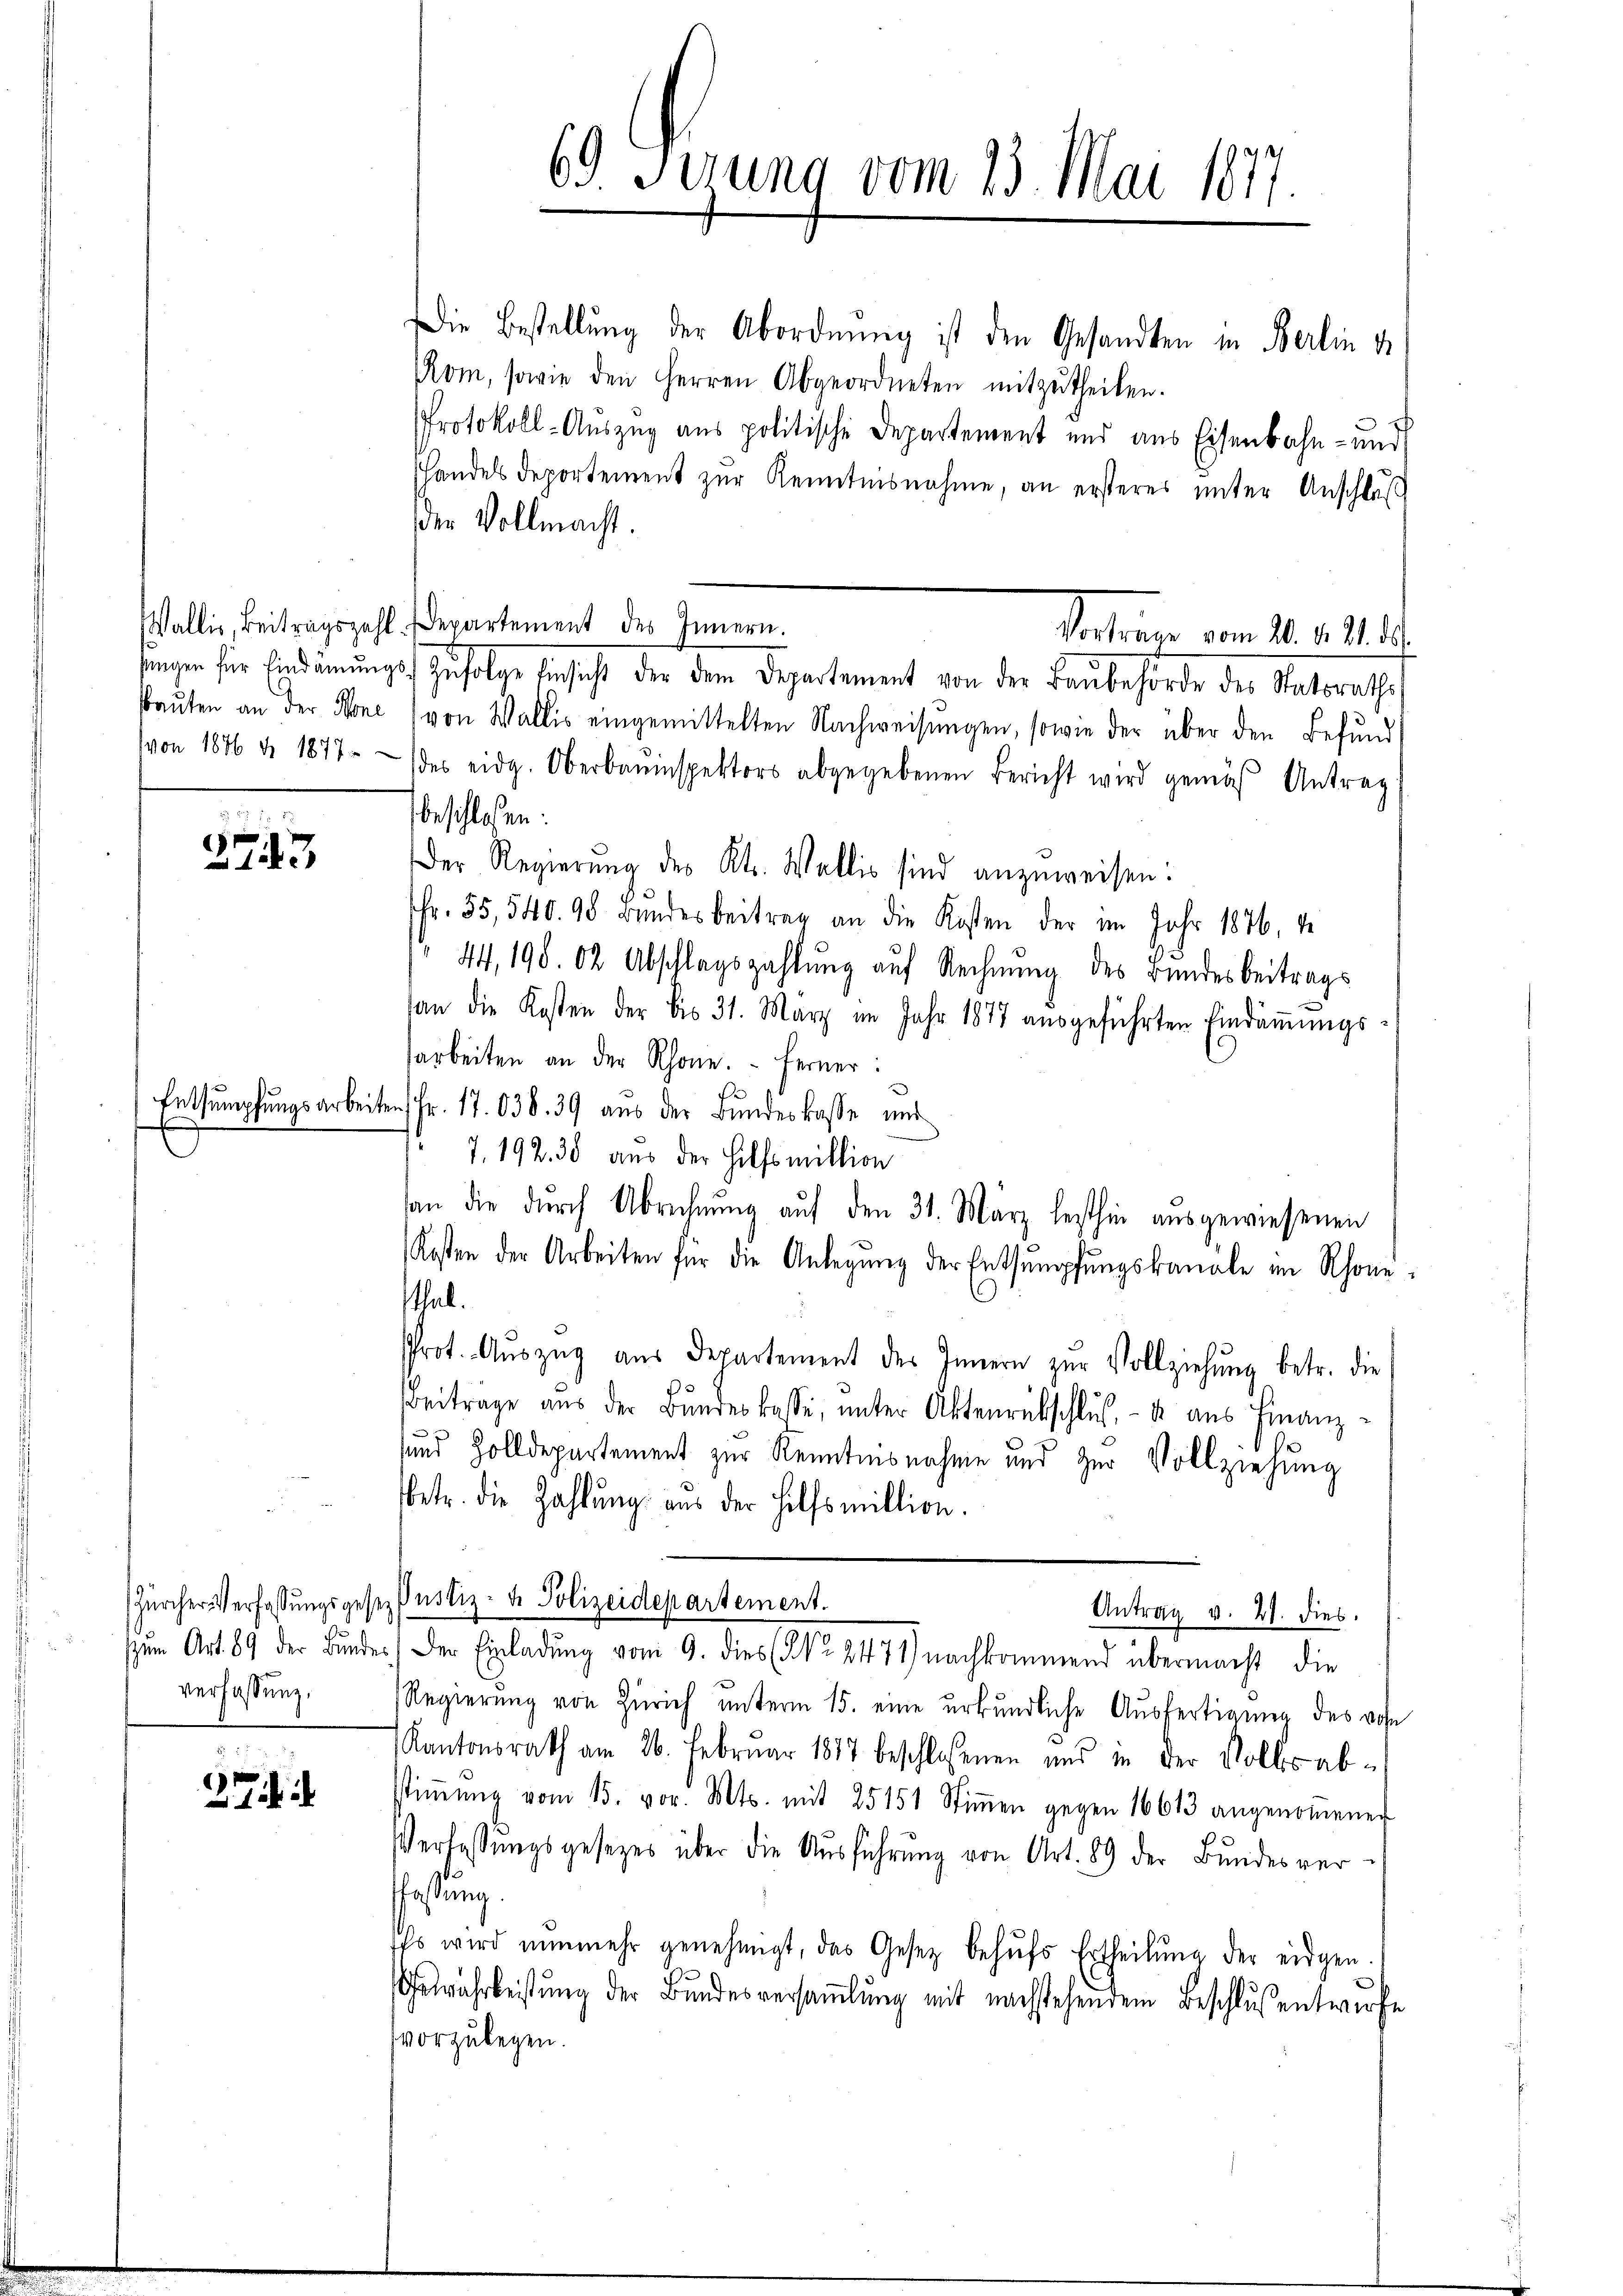
.
273

verfassung,

2

Die Bestellung der Abordnung ist den Gesandten in Berlin d
Rom, sowie den Herren Abgeordneten mitzŭtheilen.
Protokoll-Auszug aus politische Departement und aus Eisenbahn- und
shandels deportement zur Kenntnisnahme, an ersteres unter Anschluß
der Vollmacht.
Wallis, Beitragszahl-Departement des Innern.
Vorträge vom 20. v. M. d.
sungen für Eindräinungst zufolge Ansicht der dem Departement von der Laubehörde der Statorats
saŭten an der Mone, von Wallis eingemittelten Nachweisŭngen, sowie der über den Befund
von 1876 d. 1877 des eidg. Oberbaŭnspektors abgegebenen Bericht wird gemäβ Antrag
beschloßen:
Der Regierung des Kts. Wallis sind anzuweisen:
fr. 55, 540. 98 Bŭndesbeitrag an die Kosten der im Jahr 1876, 1
44, 198. 62 Abschlagszahlung auf Rechnung des Bundesbeitrags
an die Kosten der bis 31. März im Jahr 1877 aŭsgeführten Eindaṁŭngs-
arbeiten an der Rhone. Ferner:
Entsumpfungsarbeiten Fr. 17.038. 39 aus der Bundeskasse und
7.19230 aus der Hilfsmillion
san die dŭrch Abrechnŭng aŭf den 31. März lezthin ausgewiesenen
Kosten der Arbeiten für die Anlegŭng der Entsumpfŭngskanäle im Rhone
thal.
Prot. Aŭszŭg aŭs Departement des Innern zŭr Vollziehŭng betr. die
Beiträge aŭs der Bŭndeskasse, ŭnter Aktenrübschlŭs, - u aŭs Finanz-
sund Zolldepartement zur Kenntnisnahme und zur Vollziehung
betr. die Zahlung aus der Hilfsmittion.
Zürcher Verfassungsgesez Pustiz- u. Polizeidepartement.
Antrag v. 27. dies
ŭm Art. 89 der Bŭndes der Einladŭng vom 9. dies (NNo. 2471) nachkommend übermacht die
Regierung von Zürich unterm 15. eine urkundliche Ausfertigung des von
Kantonsrath am 26. Februar 1817 beschlossenen und in der Volksabstiṁŭng vom 15. vor. Mts. mit 25151 Stiṁen gegen 16613 angenoṁener
Verfassungsgesetzes über die Ausführung von Art. 89 der Bundesverastung.
Es wird nunmehr genehmigt, das Gesetz behŭfs Ertheilŭng der eidgen.
Gewahrleistŭng der Bŭndesversaṁlŭng mit nachstehendem Beschlŭsentwurfe
vorzulegen.

69. Serung vom 23. Mai 1877.